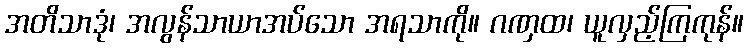
အတိသာဒုံ၊ အလွန်သာယာအပ်သော အရသာကို။ ဂဏှထ၊ ယူလှည့်ကြကုန်။